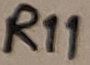
Text: R11